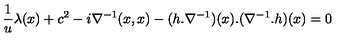
\frac { 1 } { u } \lambda ( x ) + c ^ { 2 } - i \nabla ^ { - 1 } ( x , x ) - ( h . \nabla ^ { - 1 } ) ( x ) . ( \nabla ^ { - 1 } . h ) ( x ) = 0